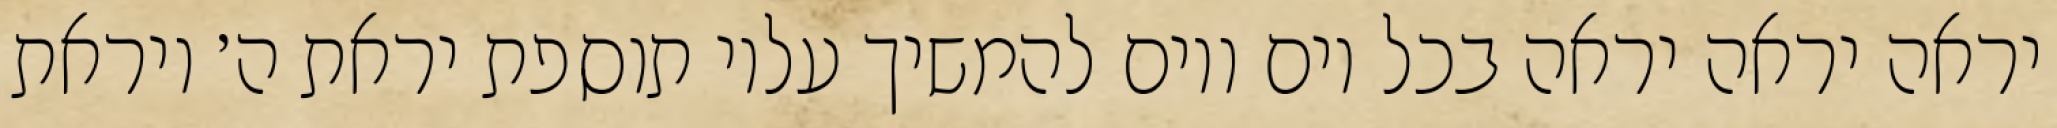
יראה יראה יראה בכל יום ויום להמשיך עליו תוספת יראת ה׳ ויראת